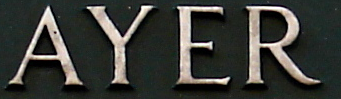
AYER